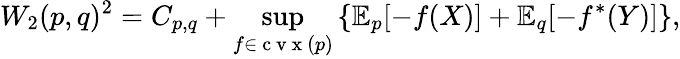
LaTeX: W_{2}(p,q)^{2}=C_{p,q}+\operatorname*{sup}_{f\in\mathrm{~c~v~x~}(p)}\left\{ \mathbb{E}_{p}[-f(X)]+\mathbb{E}_{q}[-f^{*}(Y)]\right\} ,